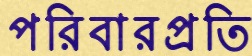
পরিবারপ্রতি